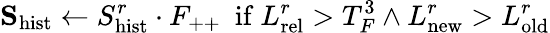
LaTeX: \mathbf{S}_{\mathrm{hist}}\leftarrow S_{\mathrm{hist}}^{r}\cdot F_{++}\ \ \mathrm{if}\ L_{\mathrm{rel}}^{r}>T_{F}^{3}\land L_{\mathrm{new}}^{r}>L_{\mathrm{old}}^{r}